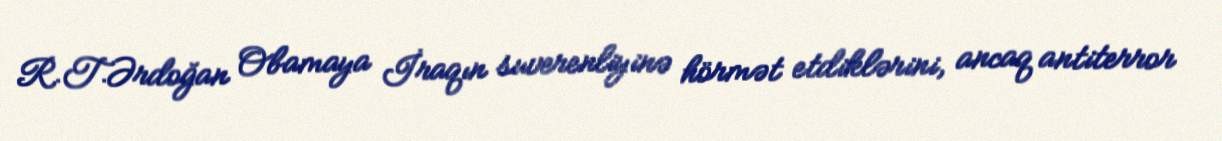
R.T.Ərdoğan Obamaya İraqın suverenliyinə hörmət etdiklərini, ancaq antiterror